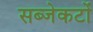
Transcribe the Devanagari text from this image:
सब्जेकटों